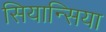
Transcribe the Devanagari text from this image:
सियान्सिया